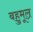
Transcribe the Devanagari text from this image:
बहुमूल्र